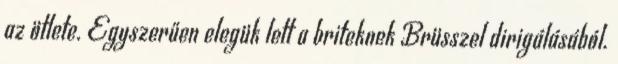
az ötlete. Egyszerűen elegük lett a briteknek Brüsszel dirigálásából.